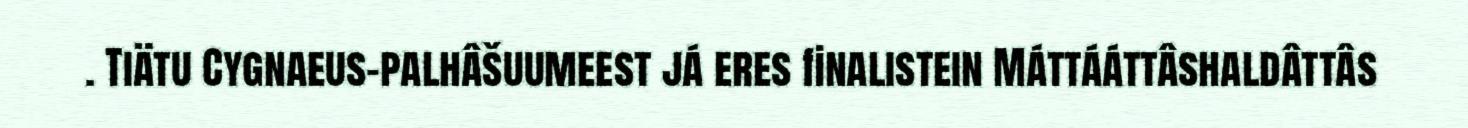
. Tiätu Cygnaeus-palhâšuumeest já eres finalistein Máttááttâshaldâttâs